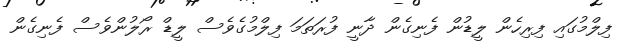
ފިލްމުގައި ފިރިހެން ލީޑުން ފެނިގެން ދާނީ ފުރަތަމަ ފިލްމުގެވެސް ލީޑް ރޯލުންވެސް ފެނިގެން